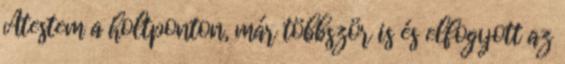
Átestem a holtponton, már többször is és elfogyott az